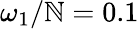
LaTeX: \omega_{1}/\mathbb{N}=0.1